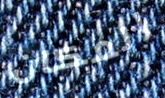
المكان